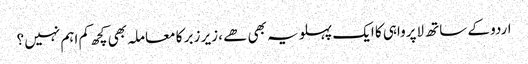
اردو کے ساتھ لاپرواہی کا ایک پہلو یہ بھی ھے ، زیر زبر کا معاملہ بھی کچھ کم اہم نہیں ؟